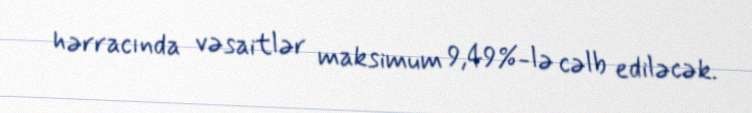
hərracında vəsaitlər maksimum 9,49%-lə cəlb ediləcək.